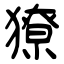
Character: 獠